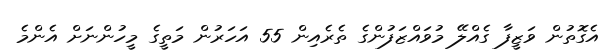
އެގޮތުން ވަޒީފާ ގެއްލޭ މުވައްޒަފުންގެ ތެރެއިން 55 އަހަރުން މަތީގެ މީހުންނަށް އެންމެ